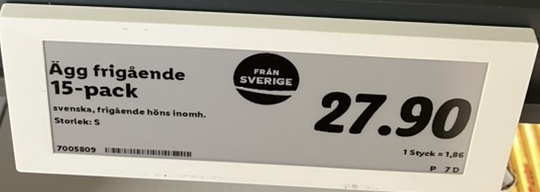
Vara: Ägg
Genomsnittspris: 1.86 per st